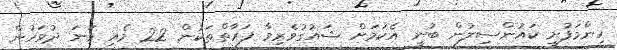
ހިންމަފުށީ ކައުންސިލުން ބުނީ އެކަމަށް ޝައުގުވެރިވާ ފަރާތްތަކުން 22 މެއި ވަނަ ދުވަހުން